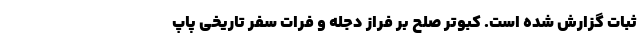
ثبات گزارش شده است. کبوتر صلح بر فراز دجله و فرات سفر تاریخی پاپ